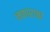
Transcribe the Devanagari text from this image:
नकाराचा